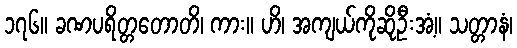
၁၇၆။ ခဏပရိတ္တတောတိ၊ ကား။ ဟိ၊ အကျယ်ကိုဆိုဦးအံ့။ သတ္တာနံ၊